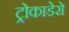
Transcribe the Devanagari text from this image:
ट्रोकाडेरो